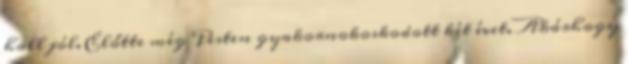
hall jól. Előtte még Pesten gyakornokoskodott két évet. Akárhogy